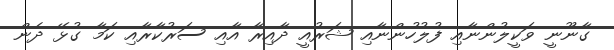
ގާނޫނީ ވަކީލުންނާއި ފުލުހުންނާއި ޝަރުއީ ދާއިރާ އާއި ސަރުކާރާއި ކަމާ ގުޅޭ ދެން